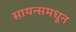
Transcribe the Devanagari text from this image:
सायन्समधून